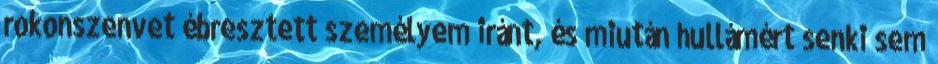
rokonszenvet ébresztett személyem iránt, és miután hullámért senki sem